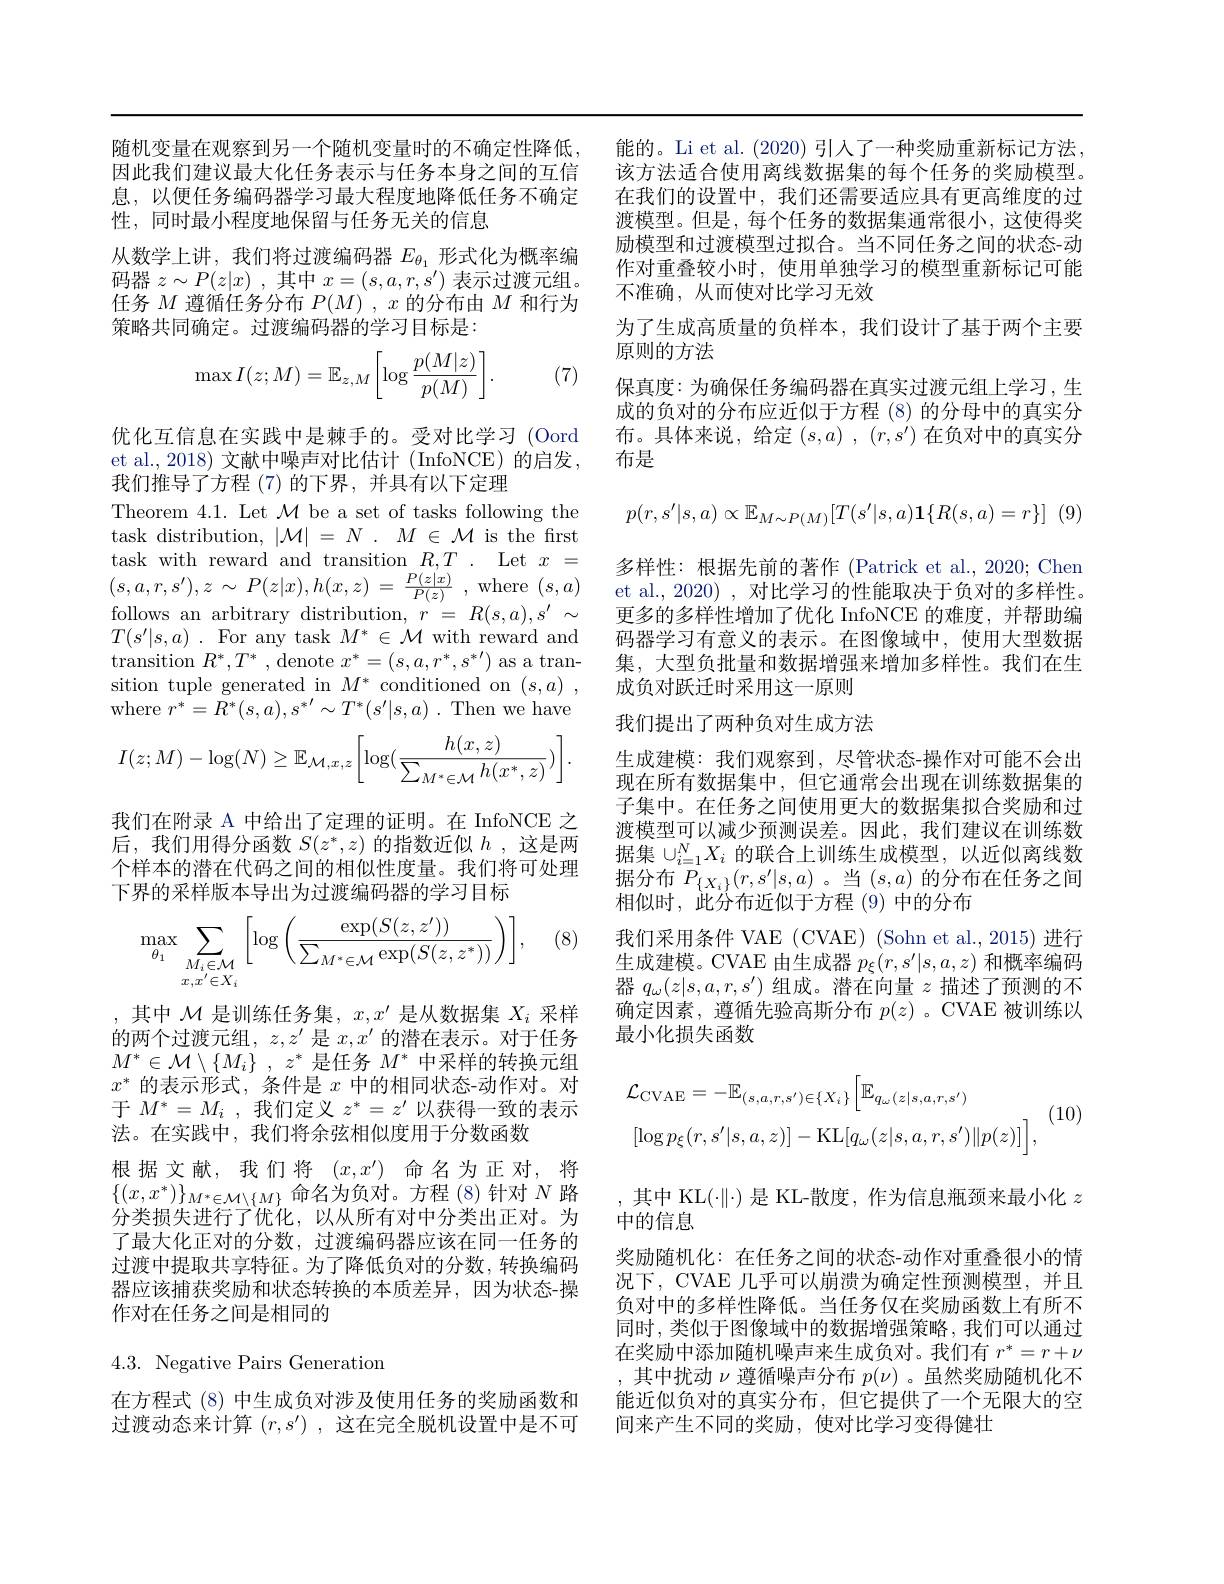
随机变量在观察到另一个随机变量时的不确定性降低，能的。Li et al.(2020) 引人了一种奖励重新标记方法因此我们建议最大化任务表示与任务本身之间的互信 该方法适合使用离线数据集的每个任务的奖励模型。息，以便任务编码器学习最大程度地降低任务不确定
性，同时最小程度地保留与任务无关的信息
从数学上讲，我们将过渡编码器$E_{\theta_1}$形式化为概率编码器$z\sim P(z|x)$ ,其中$x=(s,a,r,s^{\prime})$表示过渡元组。任务$M$遵循任务分布$P(M),x$的分布由$M$和行为策略共同确定。过渡编码器的学习目标是：
$$\max I(z;M)=\mathbb{E}_{z,M}\bigg[\log\frac{p(M|z)}{p(M)}\bigg].$$
(7)

优化互信息在实践中是棘手的。受对比学习 (Oord et al., 2018) 文献中噪声对比估计 (InfoNCE) 的启发， 我们推导了方程 (7)的下界，并具有以下定理
Theorem 4.1. Let $\mathcal{M}$ be a set of tasks following the task distribution, $|\mathcal{M}|=N.M\in\mathcal{M}$ is the first follows an arbitrary distribution, $r$ = $R( s, a) , s^{\prime }$ $\sim$ $T( s^{\prime }| s, a)$ . For any task $M^*\in\mathcal{M}$ with reward and $\operatorname{transition}R^*,T^*,\operatorname{denote}x^*=(s,a,r^*,s^{*\prime})$ as a transition tuple generated in $M^*$ conditioned on $( s, a)$ , where $r^*=R^*(s,a),s^{*\prime}\sim T^*(s^{\prime}|s,a).$ Then we have
$$I(z;M)-\log(N)\ge\mathbb{E}_{\mathcal{M},x,z}\bigg[\log(\frac{h(x,z)}{\sum_{M^*\in\mathcal{M}}h(x^*,z)})\bigg].$$
我们在附录 A 中给出了定理的证明。在 InfoNCE 之后，我们用得分函数$S(z^*,z)$的指数近似$h$ ,这是两个样本的潜在代码之间的相似性度量。我们将可处理下界的采样版本导出为过渡编码器的学习目标

(8)
$$\max_{\theta_1}\sum\limits_{\substack{M_i\in\mathcal{M}\\x,x'\in X_i}}\left[\log\left(\frac{\exp(S(z,z'))}{\sum_{M^*\in\mathcal{M}}\exp(S(z,z^*))}\right)\right],$$
,其中$\mathcal{M}$是训练任务集，$x,x^\prime$是从数据集$X_i$采样的两个过渡元组，$z,z^\prime$是$x,x^{\prime}$的潜在表示。对于任务$M^* \in \mathcal{M} \setminus \{ M_i\}$ , $z^*$是任务$M^*$中采样的转换元组$x^*$的表示形式，条件是$x$中的相同状态-动作对。对于$M^*=M_i$ ,我们定义$z^*=z^\prime$以获得一致的表示法。在实践中，我们将余弦相似度用于分数函数
根据文献，我们将$(x,x^\prime)$命名为正对，将$\{(x,x^*)\}_{M^*\in\mathcal{M}\setminus\{M\}}$命名为负对。方程(8)针对$N$ 路分类损失进行了优化，以从所有对中分类出正对。为了最大化正对的分数，过渡编码器应该在同一任务的过渡中提取共享特征。为了降低负对的分数，转换编码器应该捕获奖励和状态转换的本质差异，因为状态-操作对在任务之间是相同的

## 4.3. Negative Pairs Generation

在方程式 (8) 中生成负对涉及使用任务的奖励函数和过渡动态来计算$( r, s^{\prime })$ ,这在完全脱机设置中是不可

为了生成高质量的负样本，我们设计了基于两个主要
原则的方法

保真度：为确保任务编码器在真实过渡元组上学习，生成的负对的分布应近似于方程 (8)的分母中的真实分布。具体来说，给定$( s, a)$ , $( r, s^{\prime })$在负对中的真实分布是

在我们的设置中，我们还需要适应具有更高维度的过渡模型。但是，每个任务的数据集通常很小，这使得奖励模型和过渡模型过拟合。当不同任务之间的状态-动作对重叠较小时，使用单独学习的模型重新标记可能不准确，从而使对比学习无效
$$p(r,s'|s,a)\propto\mathbb{E}_{M\sim P(M)}[T(s'|s,a)\mathbf{1}\{R(s,a)=r\}]$$
task with reward and transition $R, T$ . Let $x=$ 多 样 性 : 根 据 先 前 的 著 作 ( Patrick et al. , 2020; Chen $( s, a, r, s^{\prime }) , z$ $\sim P( z| x) , h( x, z)$ = $\frac {P( z| x) }{P( z) }$ ,where $( s, a)$ et al, 2020) , 对 比 学 习 的 性 能 取 决 于 负 对 的 多 样 性 。$( s, a, r, s^{\prime }) , z$ $\sim P( z| x) , h( x, z)$ = $\frac {P( z| x) }{P( z) }$ ,where (
更多的多样性增加了优化 InfoNCE 的难度，并帮助编码器学习有意义的表示。在图像域中，使用大型数据集，大型负批量和数据增强来增加多样性。我们在生成负对跃迁时采用这一原则
我们提出了两种负对生成方法
生成建模：我们观察到，尽管状态-操作对可能不会出现在所有数据集中，但它通常会出现在训练数据集的子集中。在任务之间使用更大的数据集拟合奖励和过渡模型可以减少预测误差。因此，我们建议在训练数据集$\cup_{i=1}^NX_i$的联合上训练生成模型，以近似离线数据分布$P_{\{X_i\}}(r,s^{\prime}|s,a)$。当$(s,a)$的分布在任务之间相似时，此分布近似于方程 (9)中的分布
我们采用条件 VAE (CVAE) (Sohn et al., 2015) 进行生成建模。CVAE 由生成器$p_\xi(r,s^{\prime}|s,a,z)$和概率编码器$q_\omega(z|s,a,r,s^{\prime})$组成。潜在向量$z$描述了预测的不确定因素，遵循先验高斯分布$p(z)$ 。CVAE 被训练以最小化损失函数
$$\begin{aligned}&\mathcal{L}_{\mathrm{CVAE}}=-\mathbb{E}_{(s,a,r,s^{\prime})\in\{X_{i}\}}\left[\mathbb{E}_{q_{\omega}(z|s,a,r,s^{\prime})}\right]\\&[\log p_{\xi}(r,s^{\prime}|s,a,z)]-\mathrm{KL}[q_{\omega}(z|s,a,r,s^{\prime})\|p(z)]\Big],\end{aligned}$$
(10)

,其中 KL(·$\|\cdot)$ 是 KL-散度，作为信息瓶颈来最小化 $z$
中的信息
奖励随机化：在任务之间的状态-动作对重叠很小的情况下，CVAE 几乎可以崩溃为确定性预测模型，并且负对中的多样性降低。当任务仅在奖励函数上有所不同时，类似于图像域中的数据增强策略，我们可以通过在奖励中添加随机噪声来生成负对。我们有$r^*=r+\nu$ ,其中扰动$\nu$遵循噪声分布$p(\nu)$ 。虽然奖励随机化不能近似负对的真实分布，但它提供了一个无限大的空间来产生不同的奖励，使对比学习变得健壮